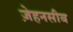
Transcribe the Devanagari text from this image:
ज़ेहनसीब